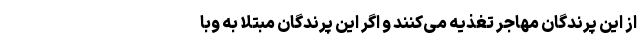
از این پرندگان مهاجر تغذیه می‌کنند و اگر این پرندگان مبتلا به وبا